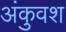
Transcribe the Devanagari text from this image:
अंकुवश